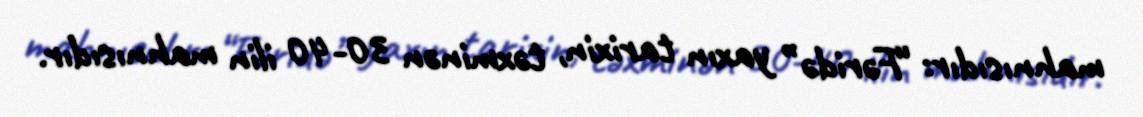
mahnısıdır: “Fəridə” yaxın tarixin, təxminən 30-40 ilin mahnısıdır.